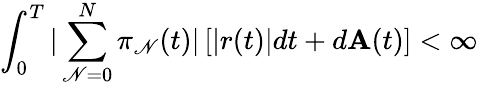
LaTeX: \int_{0}^{T}|\sum_{\mathscr{N}=0}^{N}\pi_{\mathscr{N}}(t)|\left[|r(t)|dt+d\mathbf{A}(t)\right]<\infty